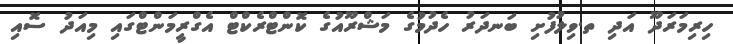
ހިރިމަރަދޫ އަދި ތ.ވިލުފުށި ބަނދަރު ހެދުމުގެ މަޝްރޫއުގެ ކޮންޓްރެކްޓް އެގްރީމަންޓްގައި މިއަދު ސޮއި